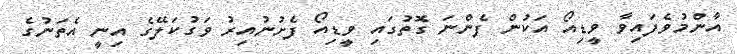
އާންމުވެފައިވާ ވީޑިއޯ އަކުން ފެންނަ ގޮތުގައި ވީޑިއޯ ފެށުނުއިރު ވަގުކަލޭގެ އިނީ އެތަނުގެ